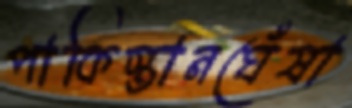
পাকিস্তানঘেঁষা